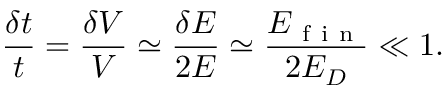
\frac { \delta t } t = \frac { \delta V } V \simeq \frac { \delta E } { 2 E } \simeq \frac { E _ { \mathrm { ~ f ~ i ~ n ~ } } } { 2 E _ { D } } \ll 1 .